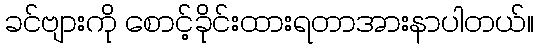
ခင်ဗျားကို စောင့်ခိုင်းထားရတာအားနာပါတယ်။